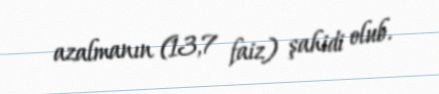
azalmanın (13,7 faiz) şahidi olub.